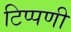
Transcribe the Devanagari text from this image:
टिप्‍पणी